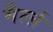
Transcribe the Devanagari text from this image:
मैर्त्ल